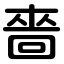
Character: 嗇